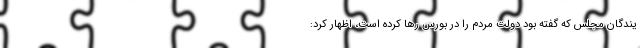
یندگان مجلس که گفته بود دولت مردم را در بورس رها کرده است، اظهار کرد: